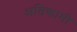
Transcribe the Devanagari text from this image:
अतिकामी